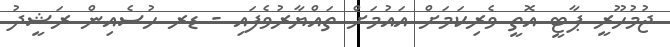
ޖުމުހޫރީ ޕާޓީ އޮތީ ވެރިކަމަށް އައުމަށް ތައްޔާރުވެފައި - ޑރ ހުސެއިން ރަޝީދު